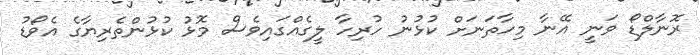
ރޮނާލްޑޯ ވަނީ އޭނާ މިހާތަނަށް ކުޅުނު ހުރިހާ ލީގެއްގައިވެސް މޮޅު ކުޅުންތެރިޔާގެ އެވޯޑު